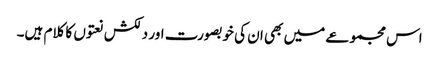
اس مجموعے میں بھی ان کی خوبصورت اور دلکش نعتوں کا کلام ہیں۔